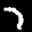
Label: 7